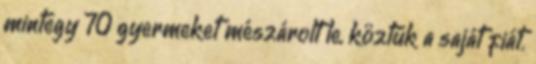
mintegy 70 gyermeket mészárolt le, köztük a saját fiát.